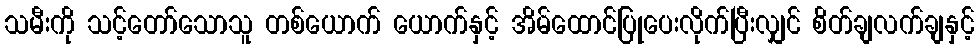
သမီးကို သင့်တော်သောသူ တစ်ယောက် ယောက်နှင့် အိမ်ထောင်ပြုပေးလိုက်ပြီးလျှင် စိတ်ချလက်ချနှင့်